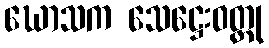
ဃောသက သေဋ္ဌေးဝတ္ထု